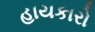
હાયકારો